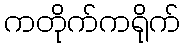
ကတိုက်ကရိုက်